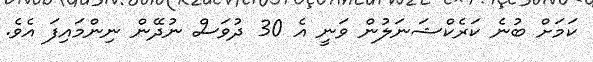
ކަމަށް ބުނެ ކަރެކްޝަނަލުން ވަނީ އެ 30 ދުވަސް ނުދޭން ނިންމައިފަ އެވެ.